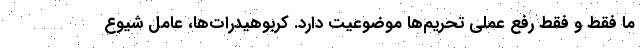
ما فقط و فقط رفع عملی تحریم‌ها موضوعیت دارد. کربوهیدرات‌ها، عامل شیوع